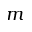
m